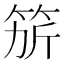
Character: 𥭄